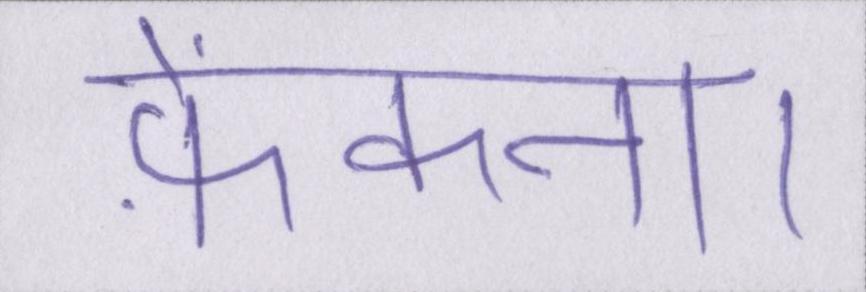
फ़ेंकना।